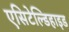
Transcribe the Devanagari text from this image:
एसिटेल्डिहाइड